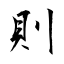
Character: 則